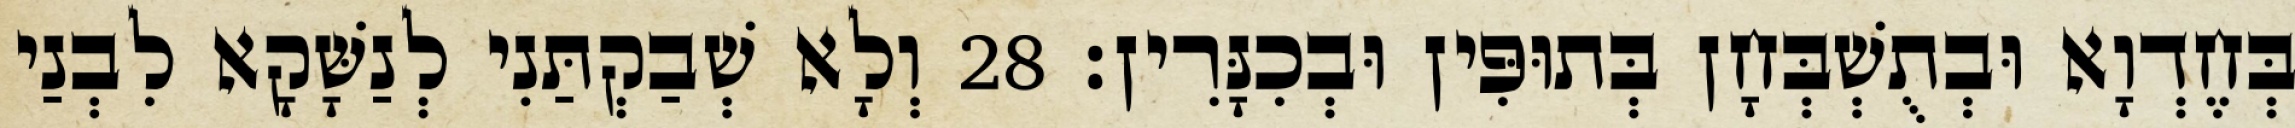
בְּחֶדְוָא וּבְתֻשְׁבְּחָן בְּתוּפִּין וּבְכִנָּרִין׃ 28 וְלָא שְׁבַקְתַּנִי לְנַשָּׁקָא לִבְנַי